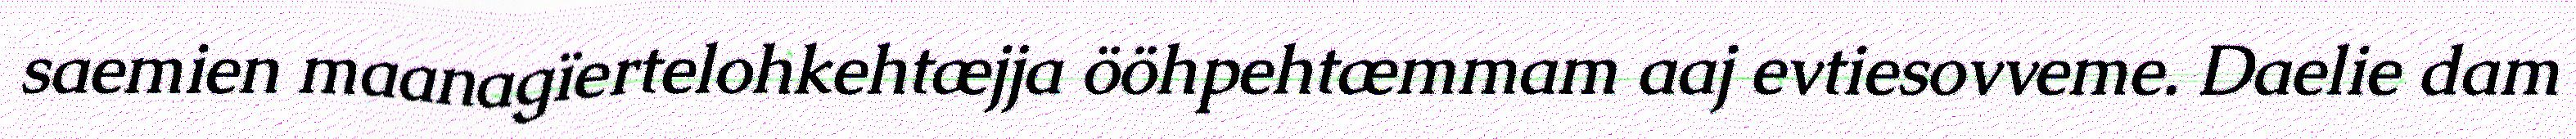
saemien maanagïertelohkehtæjja ööhpehtæmmam aaj evtiesovveme. Daelie dam